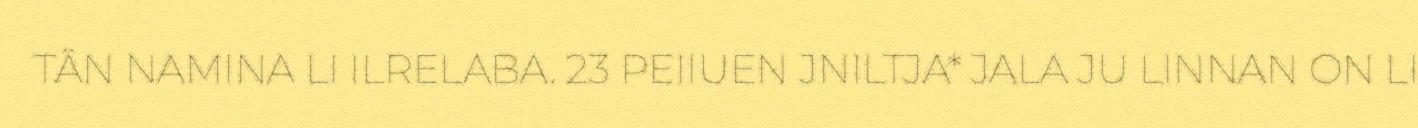
TÄN NAMINA LI ILRELABA. 23 PEIIUEN JNILTJA* JALA JU LINNAN ON LI